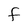
Character: F